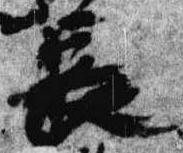
長